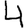
Digit: 4